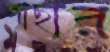
গাছার